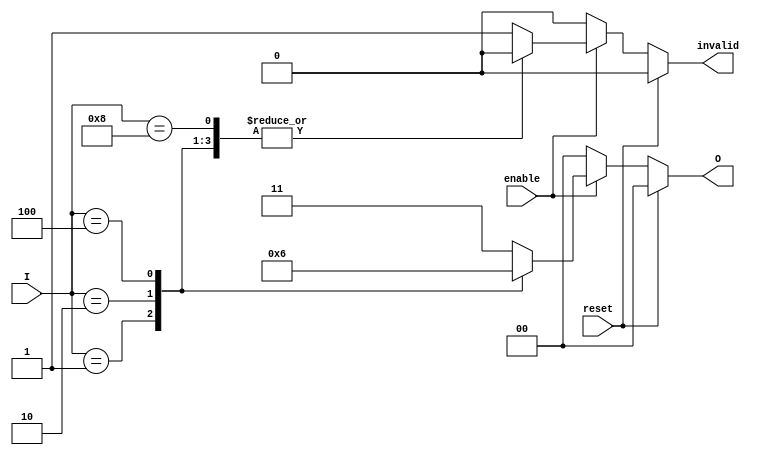
module relative_encoder (
    input wire [3:0] I,         // 4 input lines
    input wire enable,          // Enable signal
    input wire reset,           // Synchronous reset
    output reg [1:0] O,         // 2-bit output for encoding
    output reg invalid          // Invalid state output
);

// Priority encoding logic
always @(*) begin
    if (reset) begin
        O = 2'b00;              // Reset output to known state
        invalid = 1'b0;        // Reset invalid state
    end else if (!enable) begin
        O = 2'b00;              // If not enabled, output default state
        invalid = 1'b0;        // No invalid state
    end else begin
        invalid = 1'b0;         // Default to valid state
        case (I)
            4'b0001: O = 2'b00; // I0 active
            4'b0010: O = 2'b01; // I1 active
            4'b0100: O = 2'b10; // I2 active
            4'b1000: O = 2'b11; // I3 active
            default: begin
                O = 2'b11;      // Invalid state if multiple inputs are active
                invalid = 1'b1; // Set invalid flag
            end
        endcase
    end
end

endmodule